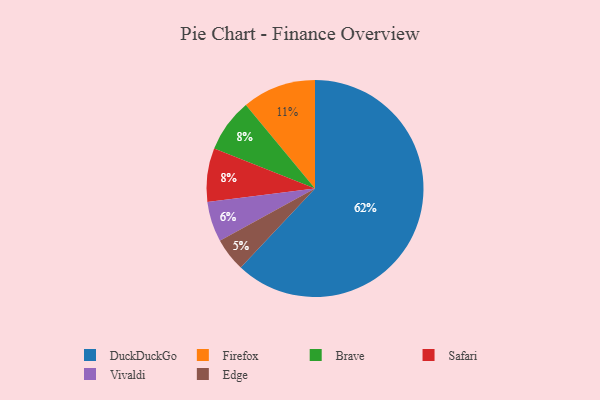
{"axis": {"x": "Category", "y": "Percentage"}, "legend": ["Brave", "DuckDuckGo", "Edge", "Firefox", "Safari", "Vivaldi"], "data": [{"x": "Edge", "y": 5, "type": "Edge"}, {"x": "Firefox", "y": 11, "type": "Firefox"}, {"x": "DuckDuckGo", "y": 62, "type": "DuckDuckGo"}, {"x": "Vivaldi", "y": 6, "type": "Vivaldi"}, {"x": "Brave", "y": 8, "type": "Brave"}, {"x": "Safari", "y": 8, "type": "Safari"}]}